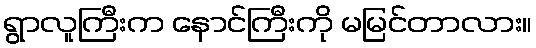
ရွာလူကြီးက နောင်ကြီးကို မမြင်တာလား။